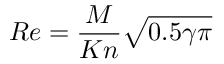
R e = \frac { M } { K n } \sqrt { 0 . 5 \gamma \pi }